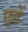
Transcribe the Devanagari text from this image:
छ्ठें